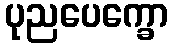
ပုညပေက္ခော